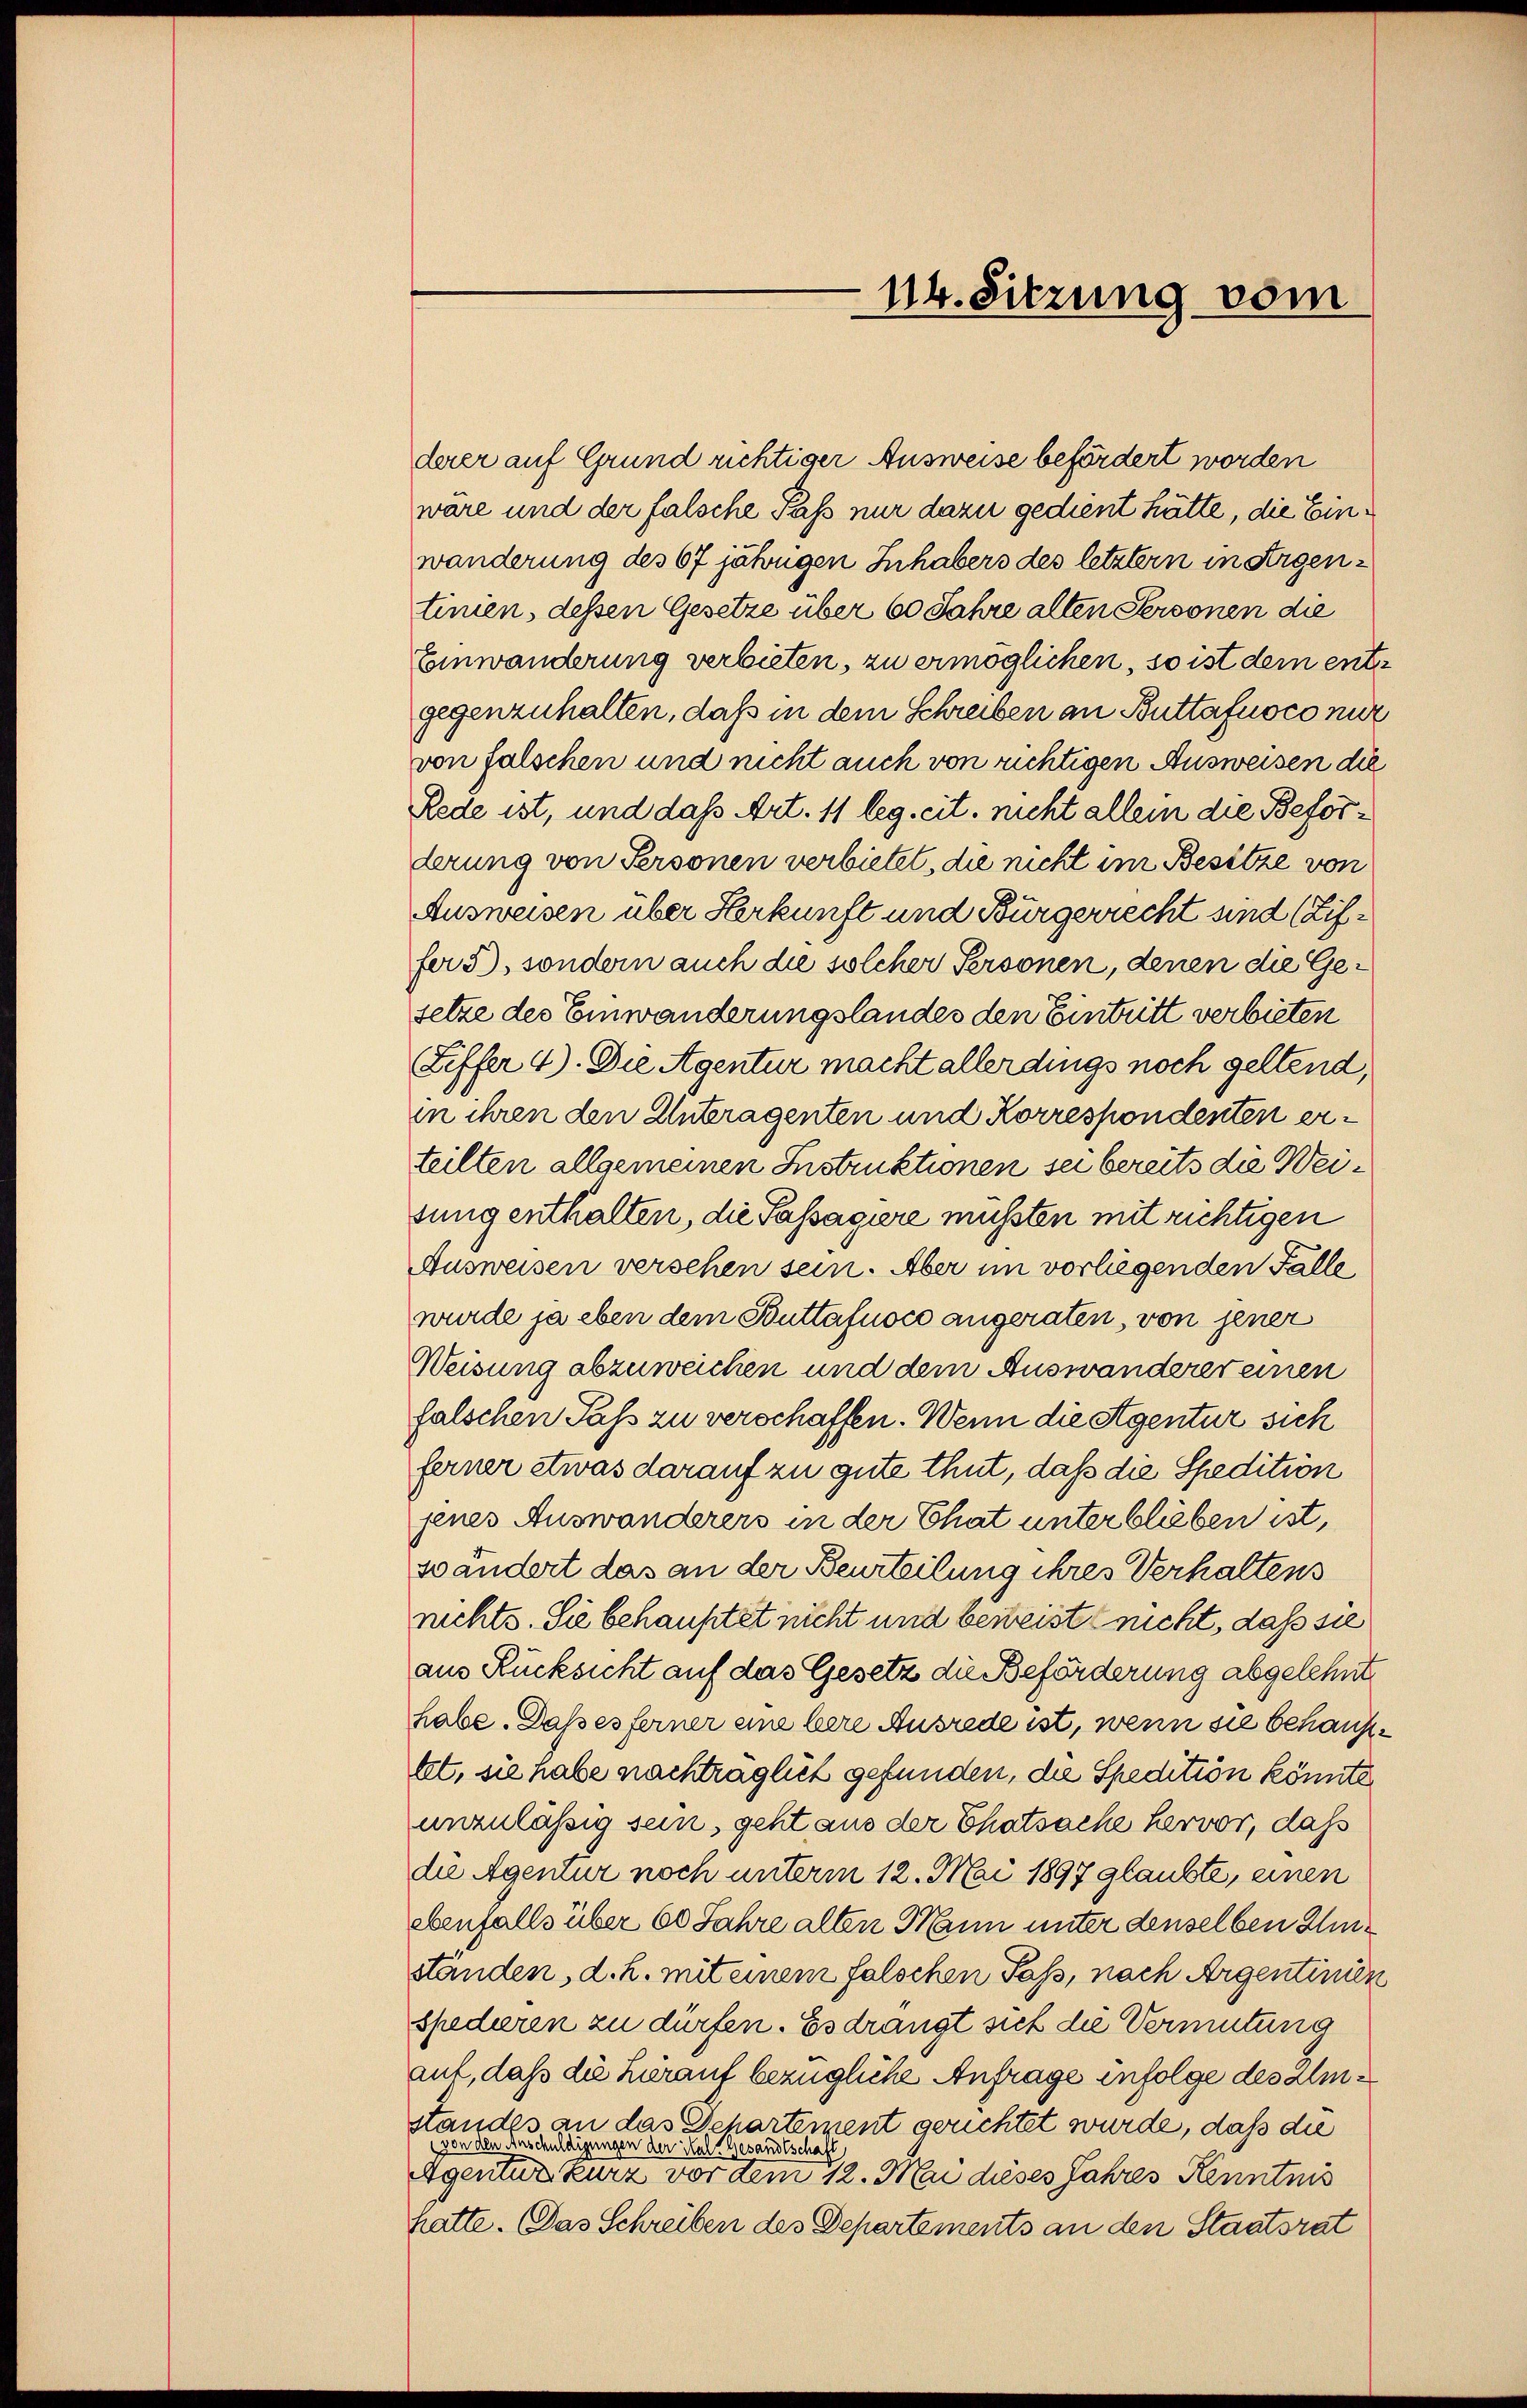
114. Sitzung vom

derer auf Grund richtiger Ausweise befördert worden
wäre und der falsche Paß nur dazu gedient hätte, die Einwänderung des 67 jährigen Inhabers des letztern in Argentinien, dessen Gesetze über 60 Jahre alten Personen die
Einwanderung verbieten, zu ermöglichen, so ist dem entgegenzuhalten, daß in dem Schreiben an Buttafuoco mit
von falschen und nicht auch von richtigen Ausweisen die
Rede ist, und daß Art. 11 leg. cit. nicht allein die Beforderung von Personen verbietet, die nicht im Besitze von
Ausweisen über Herkunft und Bürgerrecht und (Ziffer 5), sondern auch die solcher Personen, denen die Gesetze des Einwanderungslandes den Eintritt verbieten
Leffer 4). Die Agentur macht allerdings noch geltend,
in ihren den Unteragenten und Korrespondenten erteilten allgemeinen Instruktionen sei bereits die Weisung enthalten, die Passagiere mussten mit richtigen
Ausweisen versehen sein. Aber im vorliegenden Fälle
wurde ja eben dem Buttafuoco angeraten, von jener
Weisung abzuweichen und dem Auswanderer einen
falschen Pass zu verschaffen. Wenn die Agentur sich
ferner etwas darauf zu gute thut, daß die Spedition
jenes Auswanderers in der Chat unterblieben ist,
wandert das an der Beurteilung ihres Verhaltens
ruchts. Sie behauptet nicht und beweist nicht, daß sie
aus Rücksicht auf das Gesetz die Beförderung abgelehnt
habe. Daß es ferner eine bere Ausrede ist, wenn sie behause
tt, sie habe nachträglich gefunden, die Spedition könnte
unzulässig sein, geht aus der Thatsache hervor, daß
die Agentur noch unterm 12. Mai 1897 glaubte, einen
ebenfalls über 60 Jahre alten Mann unter denselben Inständen, d. h. mit einem falschen Pass, nach Argentinien
spedieren zu dürfen. Es drängt sich die Vermutung
auf, daß die hierauf bezügliche Anfrage infolge des Imstandes an das Departement gerichtet wurde, daß die
von den Anschuldigungen der Hals Gesandtschaft
Agentur kurz vor dem 12. Mai dieses Jahres Kenntnis
hatte. Das Schreiben des Departements an den Staatsrat